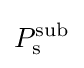
P_{\rm {s}}^{\rm {sub}}